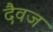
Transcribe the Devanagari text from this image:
दैवज